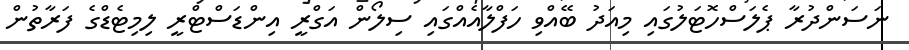
ނަސަންދުރާ ޕެލަސްހޮޓަލުގައި މިއަދު ބޭއްވި ހަފްލާއެއްގައި ސިލޯން އަގްރީ އިންޑަސްޓްރީ ލިމިޓެޑްގެ ފަރާތުން